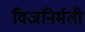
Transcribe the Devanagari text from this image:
विजनिर्मती